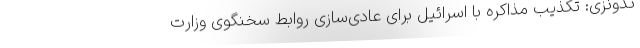
ندونزی: تکذیب مذاکره با اسرائیل برای عادی‌سازی روابط سخنگوی وزارت